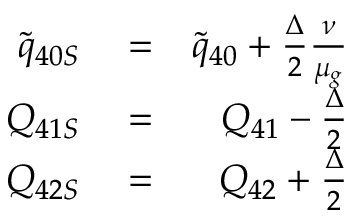
\begin{array} { r l r } { \tilde { q } _ { 4 0 S } } & { { } = } & { \tilde { q } _ { 4 0 } + \frac { \Delta } { 2 } \frac { \nu } { \mu _ { g } } } \\ { Q _ { 4 1 S } } & { { } = } & { Q _ { 4 1 } - \frac { \Delta } { 2 } } \\ { Q _ { 4 2 S } } & { { } = } & { Q _ { 4 2 } + \frac { \Delta } { 2 } } \end{array}